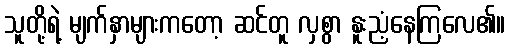
သူတို့ရဲ့ မျက်နှာများကတော့ ဆင်တူ လှစွာ နူးညံ့နေကြလေ၏။